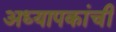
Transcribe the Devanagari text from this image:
अध्यापकांची